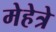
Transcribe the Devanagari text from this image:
मेहेत्रे